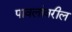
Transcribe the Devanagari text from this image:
पावलांवरील